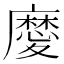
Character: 𢋤